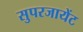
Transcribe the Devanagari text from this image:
सुपरजायेंट